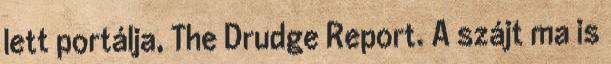
lett portálja, The Drudge Report. A szájt ma is